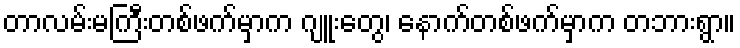
တာလမ်းမကြီးတစ်ဖက်မှာက ဂျူးတွေ၊ နောက်တစ်ဖက်မှာက တဘားရွာ။